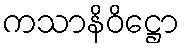
ကသာနိဝိဋ္ဌော